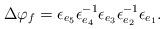
LaTeX: \begin{align*}\Delta \varphi_f = \epsilon_{e_5} \epsilon_{e_4}^{-1} \epsilon_{e_3} \epsilon_{e_2}^{-1} \epsilon_{e_1}.\end{align*}